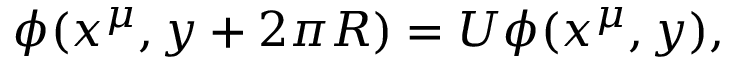
\phi ( x ^ { \mu } , y + 2 \pi R ) = U \phi ( x ^ { \mu } , y ) ,